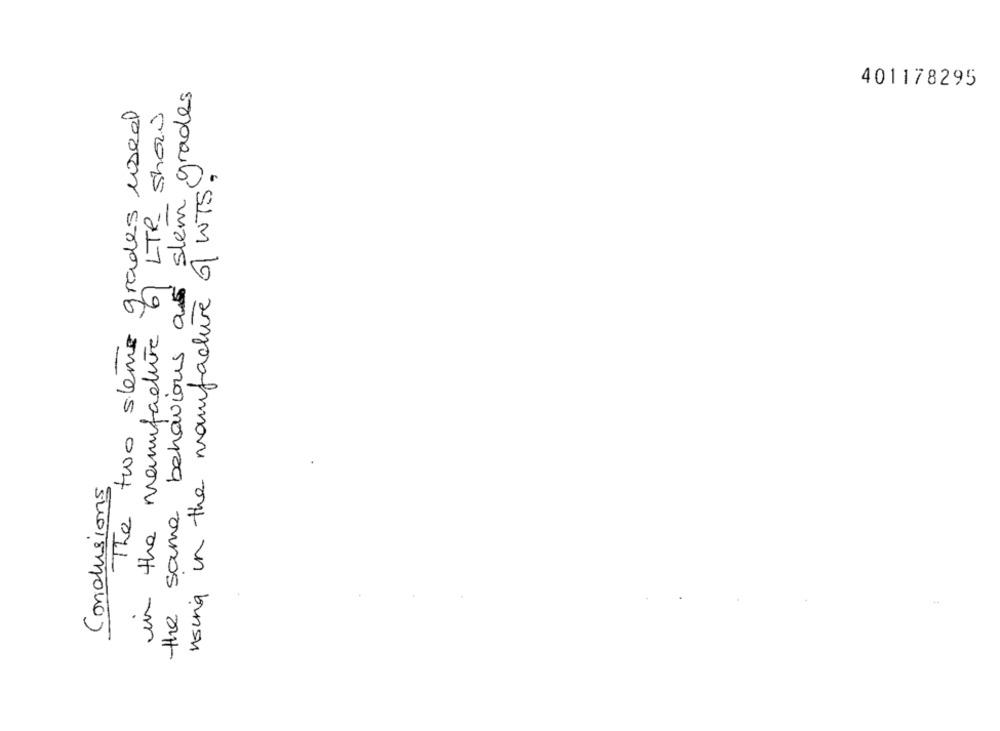
the same behavious as slem grades
401178295
The two sleme grades used
in the manufacture 6/ LTR_ show
using in the manufacture of WTS.
Conclusions